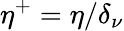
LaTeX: \eta^{+}=\eta/\delta_{\nu}